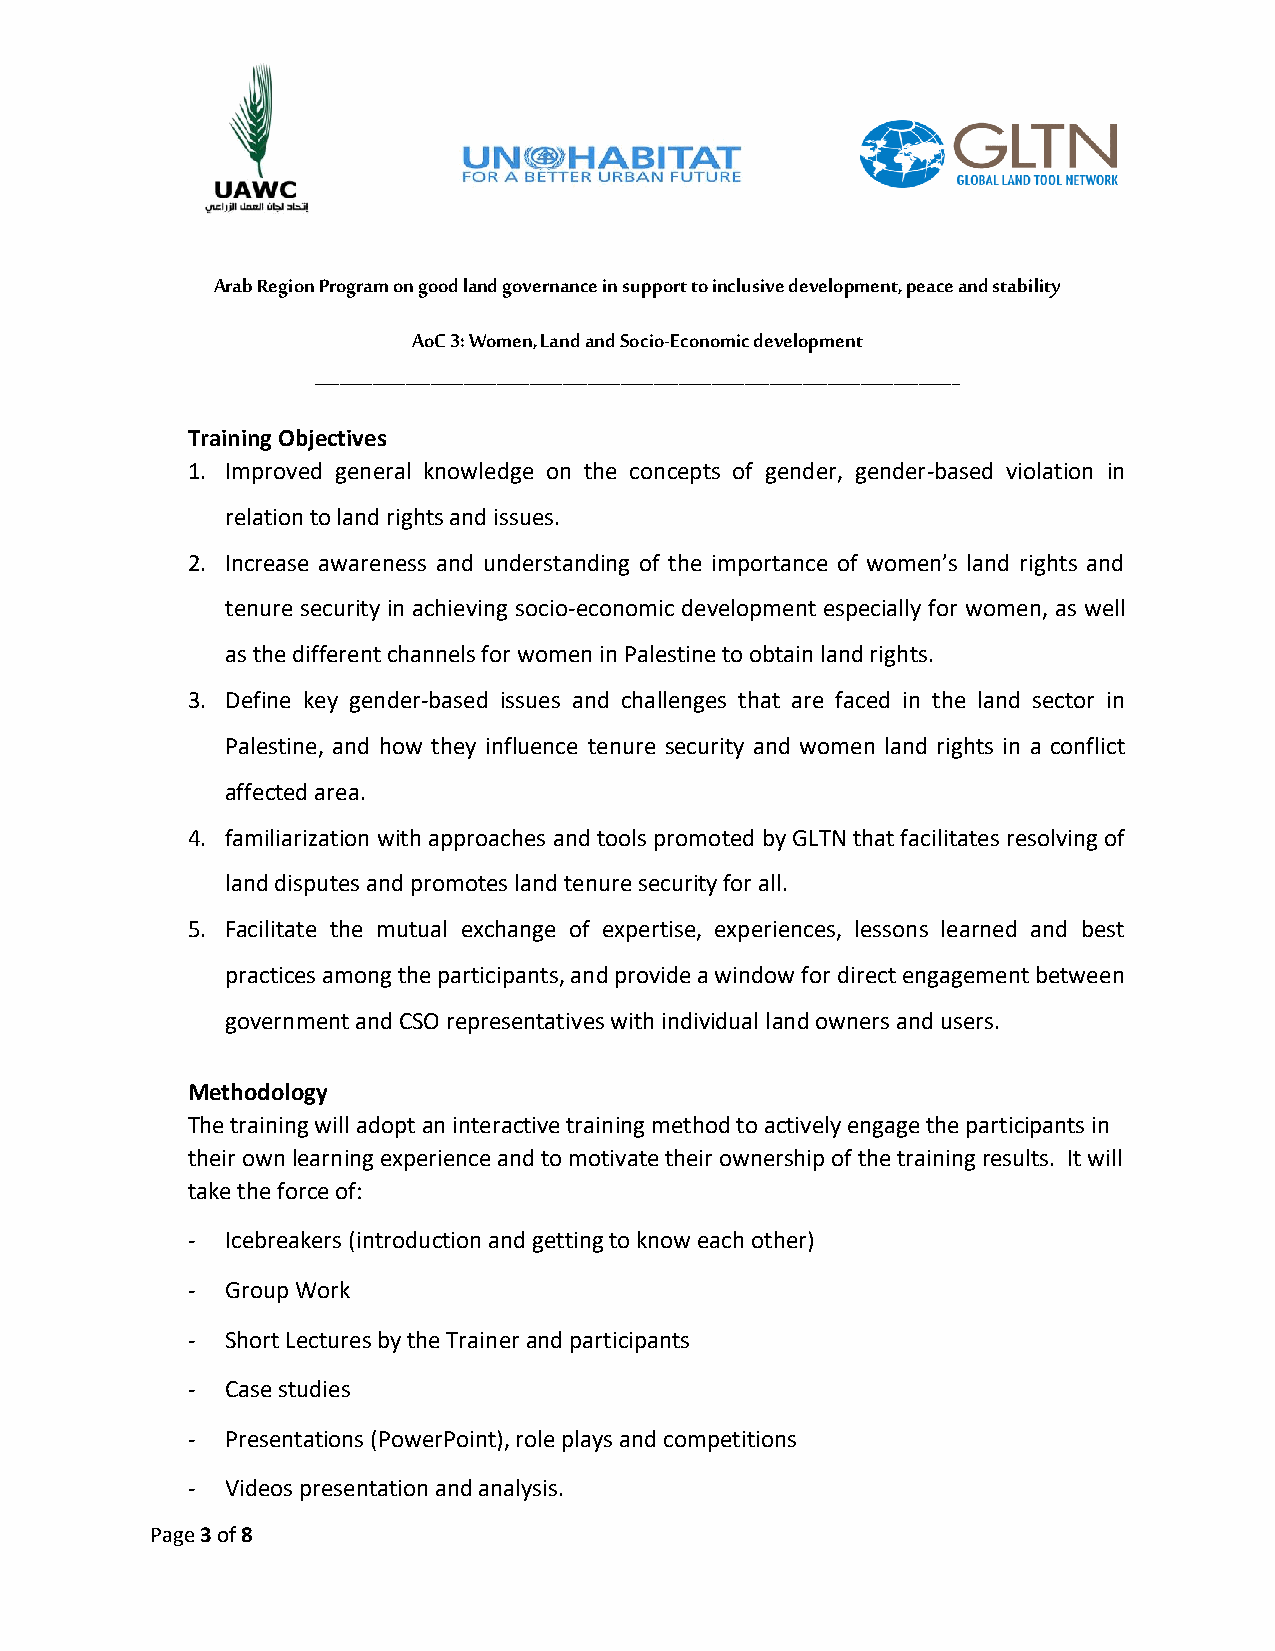
Arab Region Program on good land governance in support to inclusive development, peace and stability
 AoC 3: Women, Land and Socio-Economic development
 ______________________________________________________________________________
 Training Objectives
 1. Improved general knowledge on the concepts of gender, gender-based violation in
 relation to land rights and issues.
 2. Increase awareness and understanding of the importance of women’s land rights and
 tenure security in achieving socio-economic development especially for women, as well
 as the different channels for women in Palestine to obtain land rights.
 3. Define key gender-based issues and challenges that are faced in the land sector in
 Palestine, and how they influence tenure security and women land rights in a conflict
 affected area.
 4. familiarization with approaches and tools promoted by GLTN that facilitates resolving of
 land disputes and promotes land tenure security for all.
 5. Facilitate the mutual exchange of expertise, experiences, lessons learned and best
 practices among the participants, and provide a window for direct engagement between
 government and CSO representatives with individual land owners and users.
 Methodology
 The training will adopt an interactive training method to actively engage the participants in
 their own learning experience and to motivate their ownership of the training results. It will
 take the force of:
 -  Icebreakers (introduction and getting to know each other)
 -  Group Work
 -  Short Lectures by the Trainer and participants
 -  Case studies
 -  Presentations (PowerPoint), role plays and competitions
 -  Videos presentation and analysis.
 Page 3 of 8